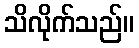
သိလိုက်သည်။